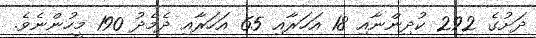
ދަށުގެ 292 ކުދިންނާއި 18 އަހަރާއި 65 އަހަރާއި ދެމެދު 190 މީހުންނެވެ.